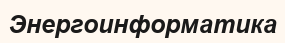
Энергоинформатика